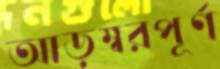
আড়ম্বরপূর্ণ